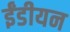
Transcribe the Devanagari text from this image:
ईंडीयन